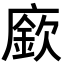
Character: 廞